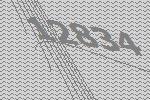
12834